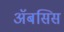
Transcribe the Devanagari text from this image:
अॅबसिस